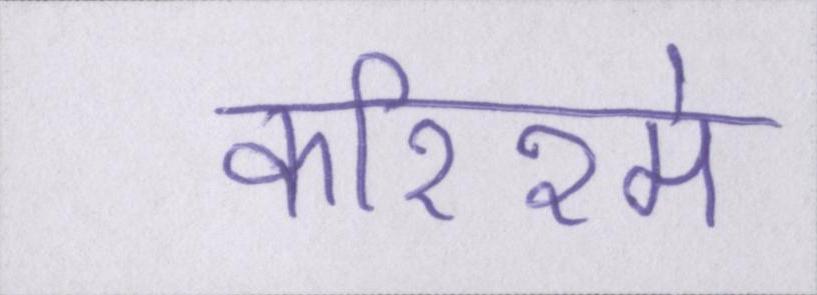
करिश्मे